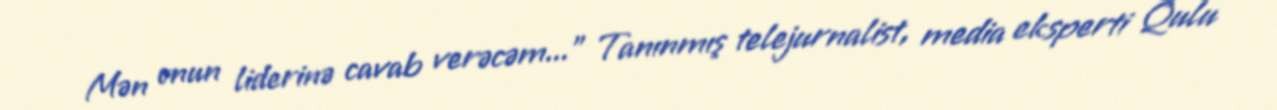
Mən onun liderinə cavab verəcəm...” Tanınmış telejurnalist, media eksperti Qulu